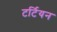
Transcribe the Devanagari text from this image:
टर्टियन